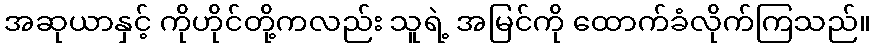
အဆုယာနှင့် ကိုဟိုင်တို့ကလည်း သူရဲ့ အမြင်ကို ထောက်ခံလိုက်ကြသည်။